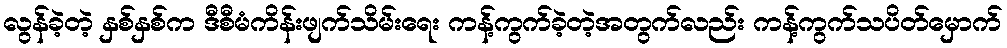
လွန်ခဲ့တဲ့ နှစ်နှစ်က ဒီစီမံကိန်းဖျက်သိမ်းရေး ကန့်ကွက်ခဲ့တဲ့အတွက်လည်း ကန့်ကွက်သပိတ်မှောက်